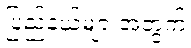
ပြည်နယ်များအတွက်